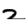
Digit: 2